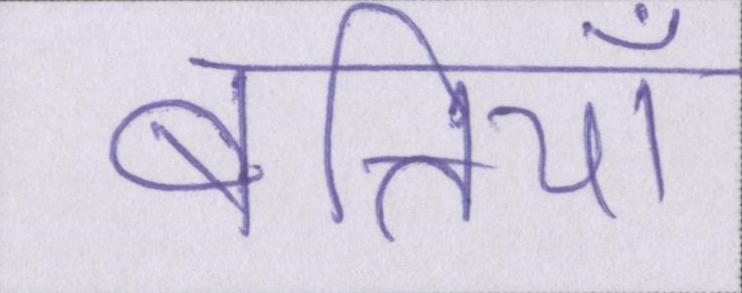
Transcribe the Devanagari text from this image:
बत्तियाँ